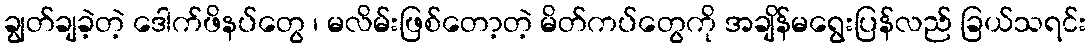
ချွတ်ချခဲ့တဲ့ ဒေါက်ဖိနပ်တွေ ၊ မလိမ်းဖြစ်တော့တဲ့ မိတ်ကပ်တွေကို အချိန်မရွေးပြန်လည် ခြယ်သရင်း